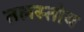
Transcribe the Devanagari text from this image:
तलस्तोय